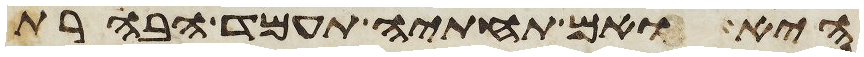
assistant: היא ואם תחתיה תעמד הבהרת